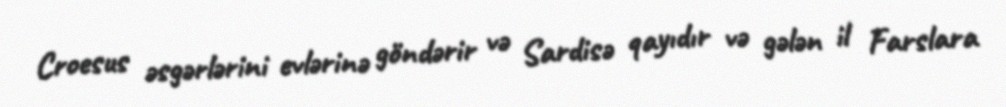
Croesus əsgərlərini evlərinə göndərir və Sardisə qayıdır və gələn il Farslara